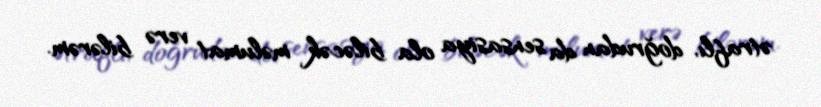
ətraflı, doğrudan da sensasiya ola biləcək məlumat verə bilərəm.